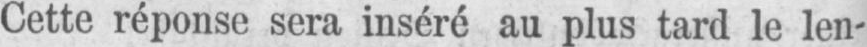
Cette réponse sera inséré au plus tard le len-